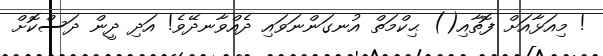
! މިއަޅާއަށް ފޮތާއި() ޙިކްމަތް އުނގަންނަވައި ދެއްވާނދޭވެ! އަދި ދީން ދަސްކޮށް